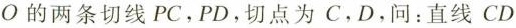
O的两条切线PC，PD，切点为C，D，问：直线CD